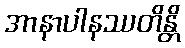
အာနာပါနဿတိန္တိ